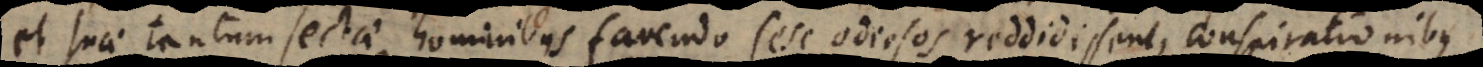
et suae tantum sectae hominibus favendo sese odiosos reddidissent, conspirationibus